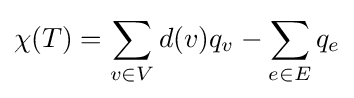
\chi (T)=\sum _{v\in V}d(v)q_{v}-\sum _{e\in E}q_{e}